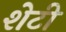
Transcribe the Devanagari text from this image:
शेटी